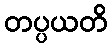
တပ္ပယတိ